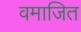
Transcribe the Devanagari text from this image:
वमाजित